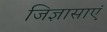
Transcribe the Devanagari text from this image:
जिज्ञासाएं